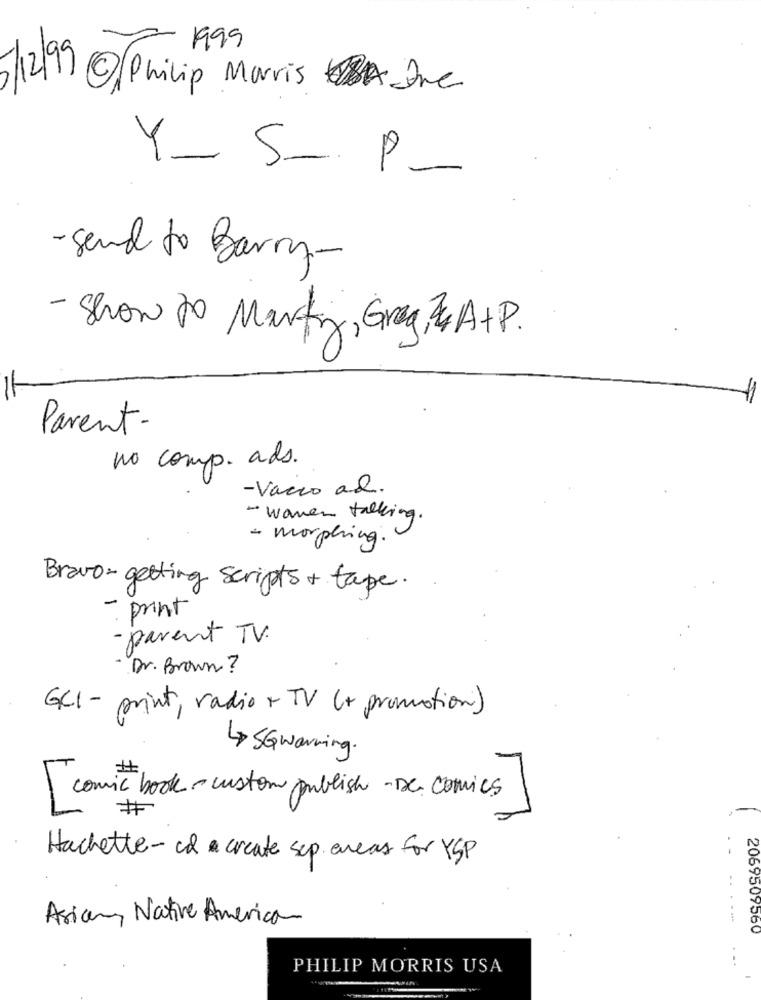
1999
5/12/9 @ Philip Morris Ine
Y_ 5- p-
- Send to Barry-
- Show to Marty, Greg, & A+P.
=
Parent-
no comp. ads.
-Vacco al.
- women talking.
- morphing.
Bravo- getting scripts + tape.
-
print
- parent TV.
Dr. Brown?
GCI - print, radio + TV (+ promotion)
4 5Gwarning.
[comic book - custom publish- De comics
Hachette- cd & create sup. areas for YSP
Asian Native American
2069509560
PHILIP MORRIS USA